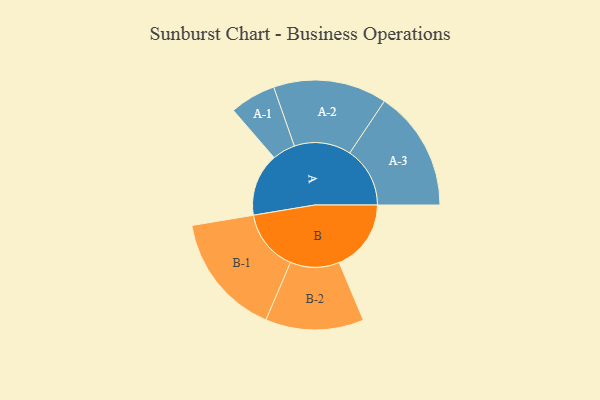
{"axis": {"x": "Segment", "y": "Value"}, "legend": ["", "A", "B"], "data": [{"x": "A", "y": 295, "type": ""}, {"x": "B", "y": 338, "type": ""}, {"x": "A-1", "y": 108, "type": "A"}, {"x": "A-2", "y": 267, "type": "A"}, {"x": "A-3", "y": 283, "type": "A"}, {"x": "B-1", "y": 289, "type": "B"}, {"x": "B-2", "y": 231, "type": "B"}]}